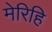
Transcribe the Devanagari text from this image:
मेरिहि